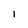
Character: l